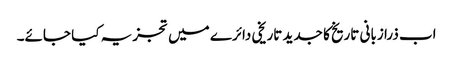
اب ذرا زبانی تاریخ کا جدید تاریخی دائرے میں تجزیہ کیا جائے۔